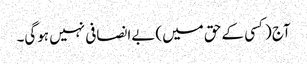
آج (کسی کے حق میں) بےانصافی نہیں ہوگی۔